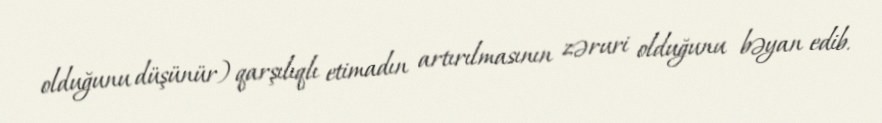
olduğunu düşünür) qarşılıqlı etimadın artırılmasının zəruri olduğunu bəyan edib.